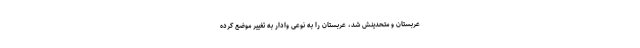
عربستان و متحدینش شد، عربستان را به نوعی وادار به تغییر موضع کرده